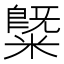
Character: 䊠